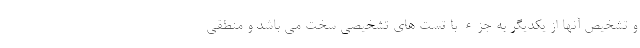
و تشخیص آنها از یکدیگر به جزء با تست های تشخیصی سخت می باشد و منطقی